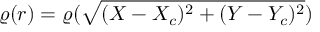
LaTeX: \varrho ( r ) = \varrho ( \sqrt { ( X - X _ { c } ) ^ { 2 } + ( Y - Y _ { c } ) ^ { 2 } } ) \noindent